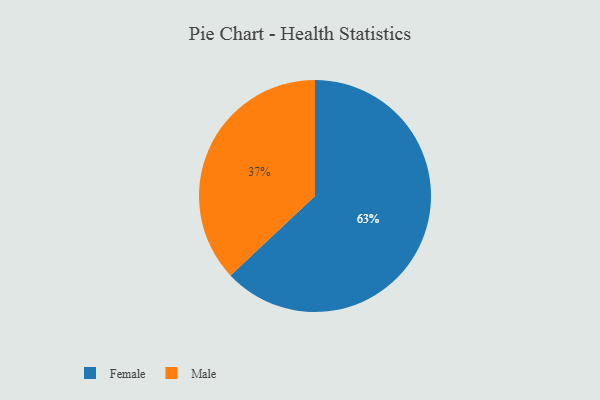
{"axis": {"x": "Category", "y": "Percentage"}, "legend": ["Female", "Male"], "data": [{"x": "Male", "y": 37, "type": "Male"}, {"x": "Female", "y": 63, "type": "Female"}]}